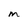
Character: m